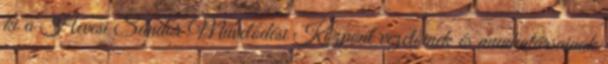
ki a Hevesi Sándor Művelődési Központ vezetőinek és munkatársainak